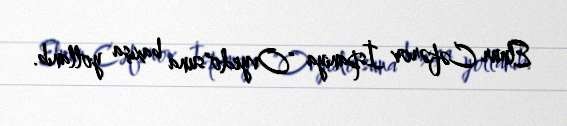
Elnur Cəfərov İspaniya "Ovyedo"suna baxışa yollanıb.